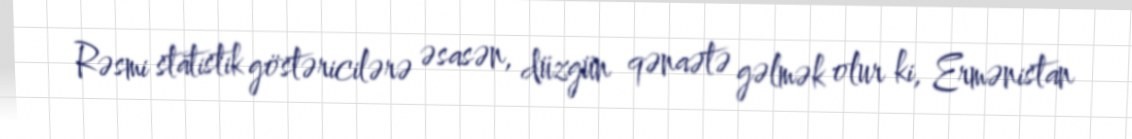
Rəsmi statistik göstəricilərə əsasən, düzgün qənaətə gəlmək olur ki, Ermənistan